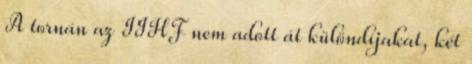
A tornán az IIHF nem adott át különdíjakat, két